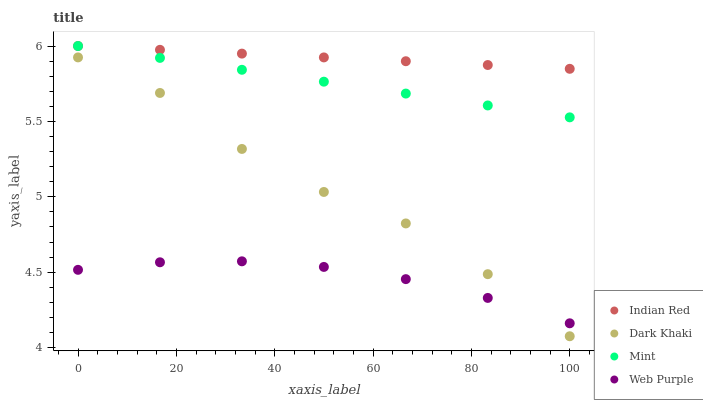
| xaxis_label | Indian Red | Dark Khaki | Mint | Web Purple |
 | --- | --- | --- | --- | --- |
 | 0 | 6 | 5.92 | 6 | 4.52 |
 | 16.7 | 5.97 | 5.69 | 5.92 | 4.57 |
 | 33.3 | 5.95 | 5.32 | 5.84 | 4.57 |
 | 50 | 5.92 | 5.03 | 5.76 | 4.53 |
 | 66.7 | 5.9 | 4.82 | 5.68 | 4.45 |
 | 83.3 | 5.87 | 4.49 | 5.61 | 4.33 |
 | 100 | 5.85 | 4.07 | 5.53 | 4.16 |